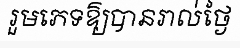
រួមភេទឱ្យបានរាល់ថ្ងៃ